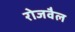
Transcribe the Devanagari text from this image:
रोजवैल